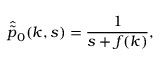
\hat { \tilde { p } } _ { 0 } ( k , s ) = \frac { 1 } { s + f ( k ) } ,